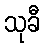
သုခီ